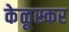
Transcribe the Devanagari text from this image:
केळूस्कर